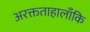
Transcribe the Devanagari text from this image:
अरक्तताहालाँकि